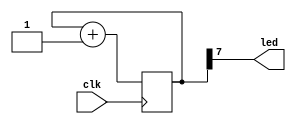

module blink(input clk, output led);

    reg [7:0] counter = 0;

    always @(posedge clk) 
        counter <= counter + 1'b1;

    assign led = counter[7];

endmodule